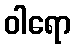
ဝါရော